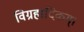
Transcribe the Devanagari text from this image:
विग्रहादिकम्।